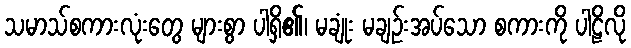
သမာသ်စကားလုံးတွေ များစွာ ပါရှိ၏၊ မချုံး မချဉ်းအပ်သော စကားကို ပါဠိလို